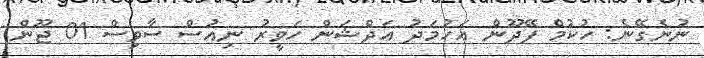
ނުނެގޭނެ: ހުކުމް ފޭދޫން އަހުމަދު އަދްޝަން ހަވީރު ނިއުސް ސާވިސް 01 ޖޫން